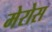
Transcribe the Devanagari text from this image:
मेरोस